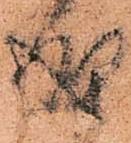
成